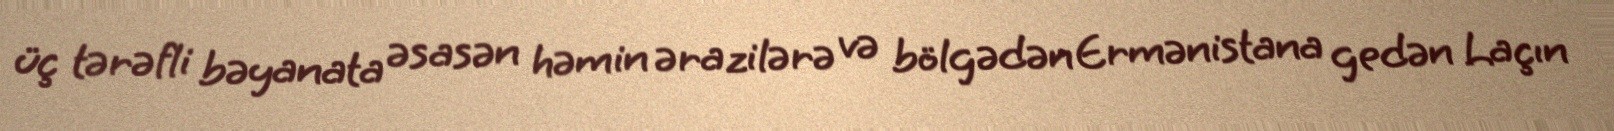
üç tərəfli bəyanata əsasən həmin ərazilərə və bölgədən Ermənistana gedən Laçın